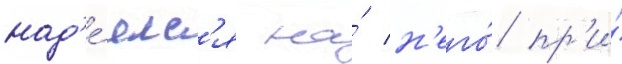
над'е́ялс'я на́ н'его́ пр'и́